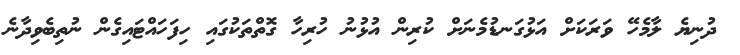
ދުނިޔެ ލާމެހޭ ވަރަކަށް އަޅުގަނޑުމެނަށް ކުރިން އުޅުނު ހުރިހާ ގޮތްތަކުގައި ހިފަހައްޓައިގެން ނުތިބެވިދާނެ